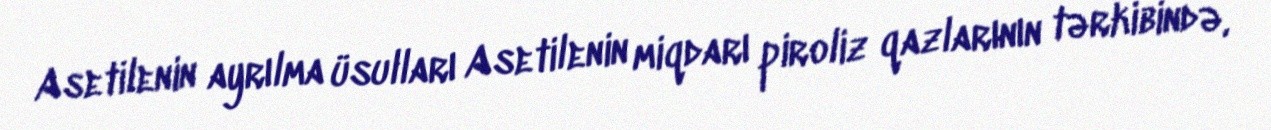
Asetilenin ayrılma üsulları Asetilenin miqdarı piroliz qazlarının tərkibində,